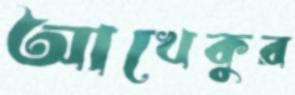
আখেকুর